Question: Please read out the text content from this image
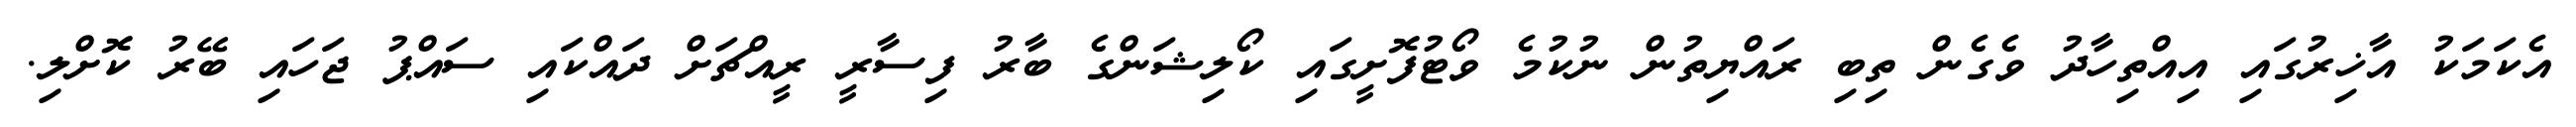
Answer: އެކަމަކު އާޚިރުގައި އިއްތިހާދު ވެގެން ތިބި ރައްޔިތުން ނުކުމެ ވޯޓުފޮށީގައި ކޯލިޝަންގެ ބާރު ފިސާރީ ރީއްޗަށް ދައްކައި ސައްޕު ޖަހައި ބޭރު ކޮށްލި.